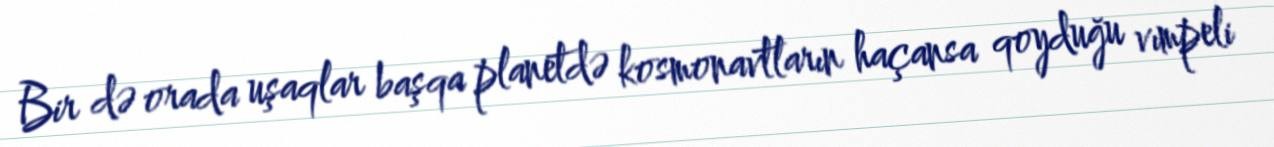
Bir də orada uşaqlar başqa planetdə kosmonavtların haçansa qoyduğu vımpeli